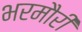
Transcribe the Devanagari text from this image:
भरमौरी